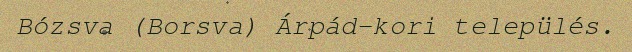
Bózsva (Borsva) Árpád-kori település.